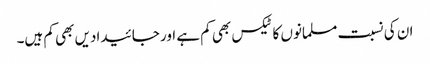
ان کی نسبت مسلمانوں کا ٹیکس بھی کم ہے اور جائیدادیں بھی کم ہیں۔